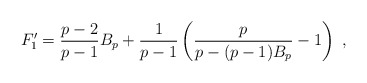
\begin{align*}F_1' = \frac{p-2}{p-1}B_p + \frac1{p-1} \left(\frac{p}{p-(p-1)B_p}-1\right)\ ,\end{align*}